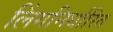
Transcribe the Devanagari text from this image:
लिंगनिर्धारित